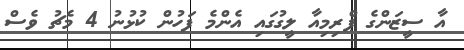
އާ ސީޒަަންގެ ޕްރިމިއާ ލީގުގައި އެންމެ ފަހުން ކުޅުނު 4 މެޗު ވެސް